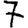
Digit: 7